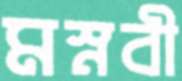
মস্নবী